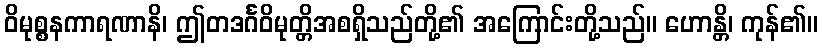
ဝိမုစ္စနကာရဏာနိ၊ ဤတဒင်္ဂဝိမုတ္တိအစရှိသည်တို့၏ အကြောင်းတို့သည်။ ဟောန္တိ၊ ကုန်၏။